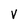
Character: v